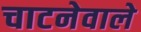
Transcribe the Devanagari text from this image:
चाटनेवाले